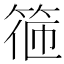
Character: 𥮃